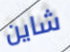
شاين